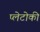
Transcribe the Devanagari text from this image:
प्लेटोकी